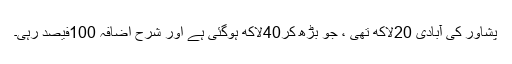
پشاور کی آبادی 20لاکھ تھی ، جو بڑھ کر40لاکھ ہوگئی ہے اور شرح اضافہ 100فیصد رہی۔